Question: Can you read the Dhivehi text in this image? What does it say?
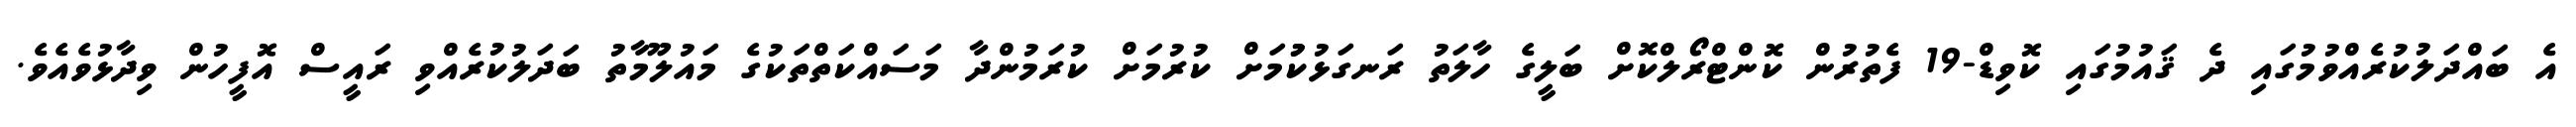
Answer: އެ ބައްދަލުކުރެއްވުމުގައި ދެ ޤައުމުގައި ކޮވިޑް-19 ފެތުރުން ކޮންޓްރޯލްކޮށް ބަލީގެ ހާލަތު ރަނގަޅުކުުމަށް ކުރުމަށް ކުރަމުންދާ މަސައްކަތްތަކުގެ މައުލޫމާތު ބަދަލުކުރެއްވި ރައީސް އޮފީހުން ވިދާޅުވެއެވެ.